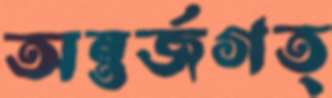
অন্তর্জগত্